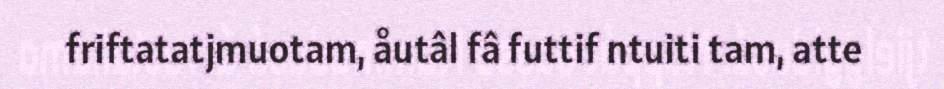
friftatatjmuotam, åutâl fâ futtif ntuiti tam, atte